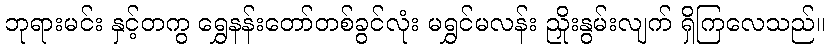
ဘုရားမင်း နှင့်တကွ ရွှေနန်းတော်တစ်ခွင်လုံး မရွှင်မလန်း ညှိုးနွမ်းလျက် ရှိကြလေသည်။